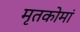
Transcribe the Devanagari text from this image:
मृतकोमां